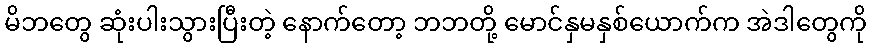
မိဘတွေ ဆုံးပါးသွားပြီးတဲ့ နောက်တော့ ဘဘတို့ မောင်နှမနှစ်ယောက်က အဲဒါတွေကို